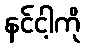
နင်ငါ့ကို